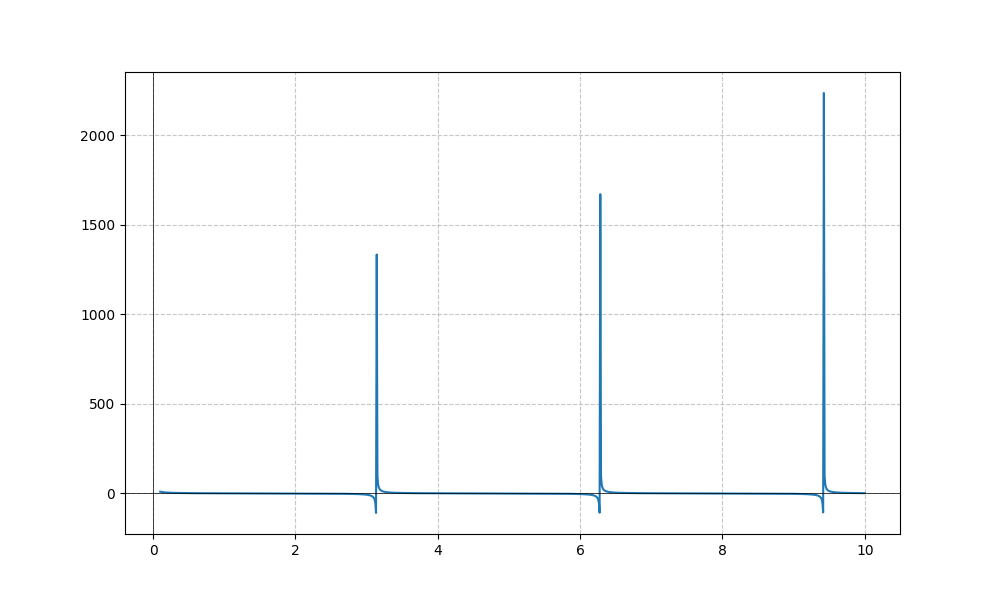
LaTeX formula: \cot{\left(x \right)}